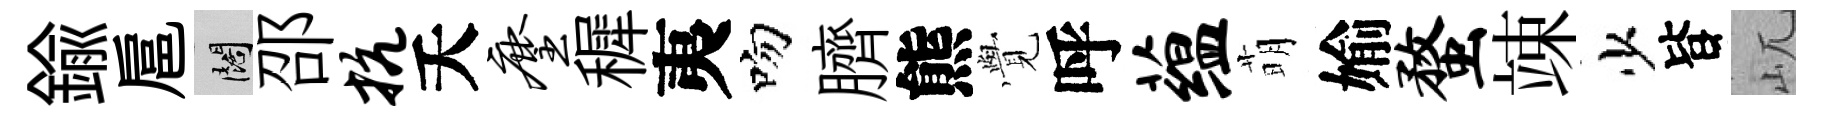
鍮扈闊邵抗夭麈穉夷吻臍熊𮗜呼蕴萌媮蝥竦少𣅜屼